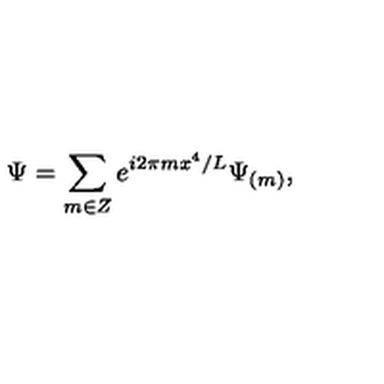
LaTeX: \Psi = \sum _ { m \in Z } e ^ { i 2 \pi m x ^ { 4 } / L } \Psi _ { ( m ) } ,